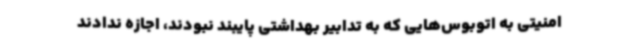
امنیتی به اتوبوس‌هایی که به تدابیر بهداشتی پایبند نبودند، اجازه ندادند